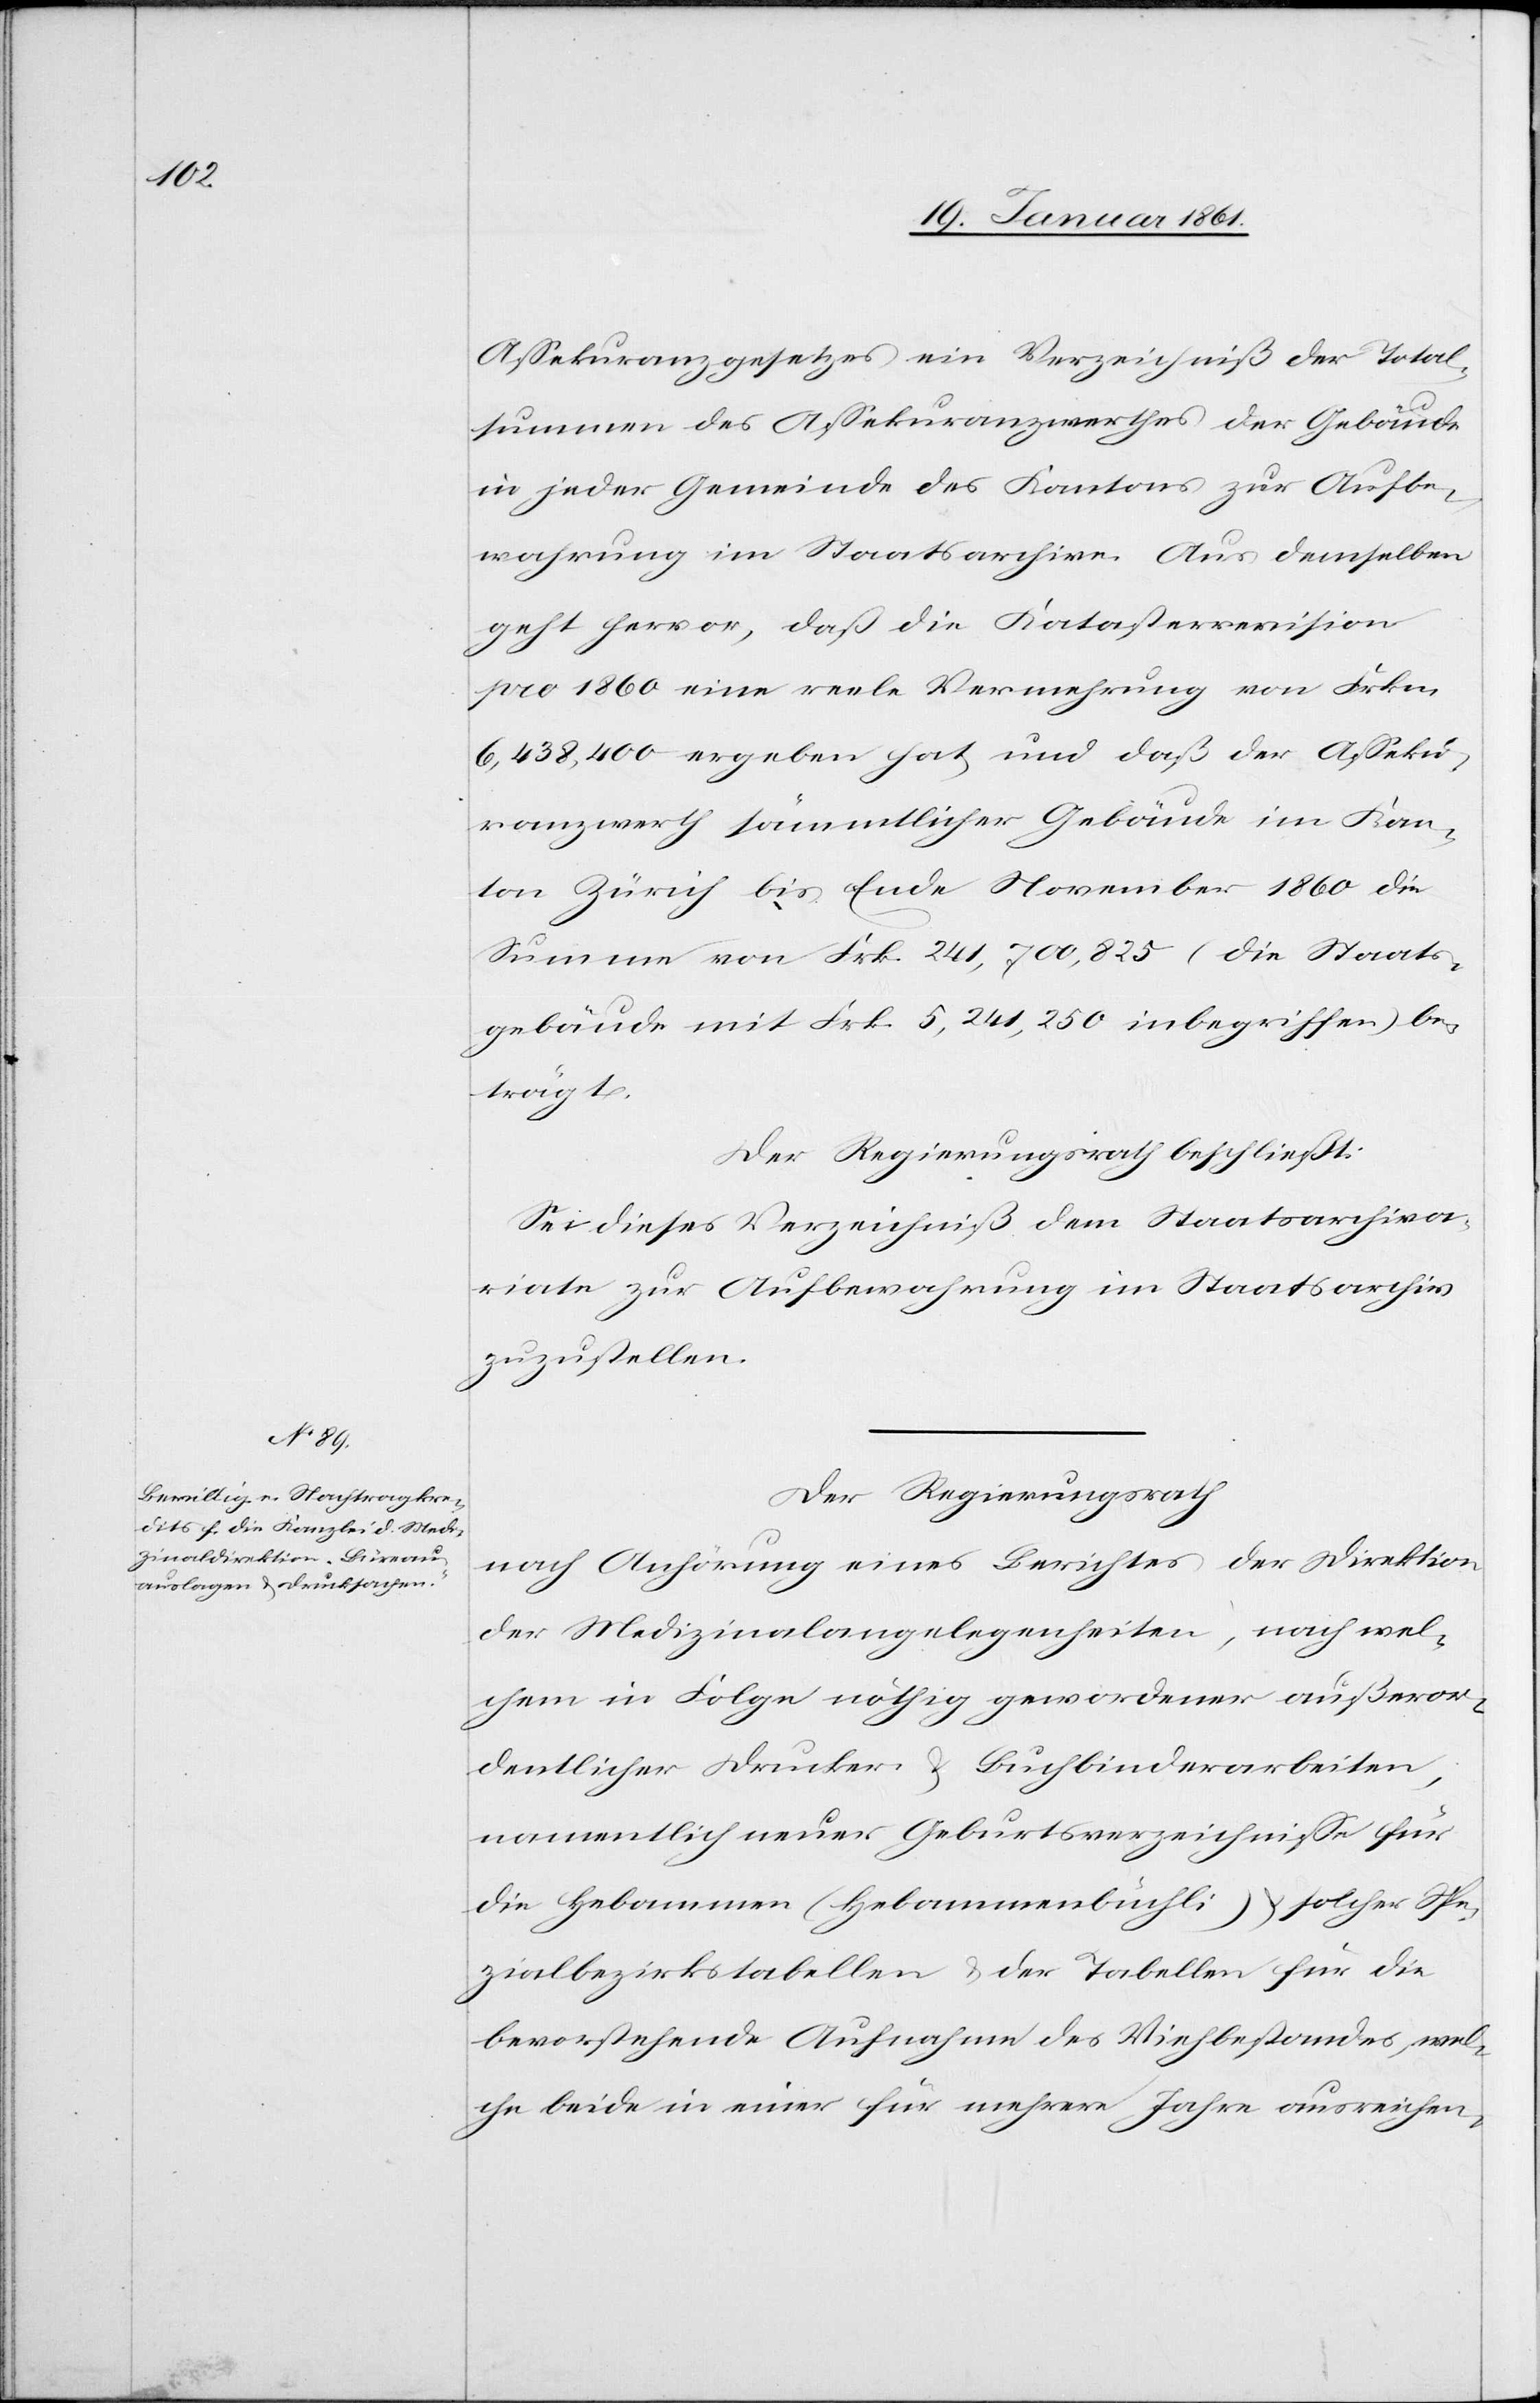
Assekuranzgesetzes ein Verzeichniß der Total¬
summen des Assekuranzwerthes der Gebäude
in jeder Gemeinde des Kantons zur Aufbe¬
wahrung im Staatsarchive. Aus demselben
geht hervor, daß die Katasterrevision
pro 1860 eine reele Vermehrung von Frkn.
6,438,400 ergeben hat und daß der Asseku¬
ranzwerth sämmtlicher Gebäude im Kan¬
ton Zürich bis Ende November 1860 die
Summe von Frk. 241,700,825 (die Staats¬
gebäude mit Frk. 5,241,250 inbegriffen) be¬
trägt.
Der Regierungsrath beschließt:
Sei dieses Verzeichniß dem Staatsarchiva¬
riate zur Aufbewahrung im Staatsarchiv
zuzustellen.
Der Regierungsrath
nach Anhörung eines Berichtes der Direktion
der Medizinalangelegenheiten, nach wel¬
chem in Folge nöthig gewordener außeror¬
dentlicher Drucker u. Buchbinderarbeiten,
namentlich neuer Geburtsverzeichnisse für
die Hebammen (Hebammenbüchli) u. solcher Spe¬
zialbezirkstabellen u. der Tabellen für die
bevorstehende Aufnahme des Viehbestandes, wel¬
che beide in einer für mehrere Jahre ausreichen-